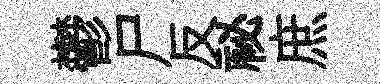
鬱尸反祕庶